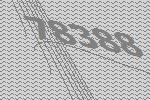
78388